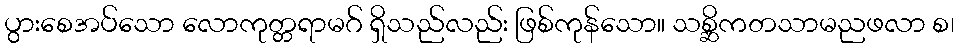
ပွားစေအပ်သော လောကုတ္တရာမဂ် ရှိသည်လည်း ဖြစ်ကုန်သော။ သစ္ဆိကတသာမညဖလာ စ၊